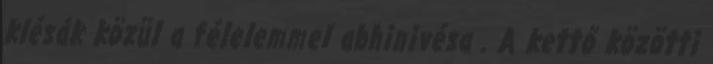
klésák közül a félelemmel abhinivésa . A kettő közötti